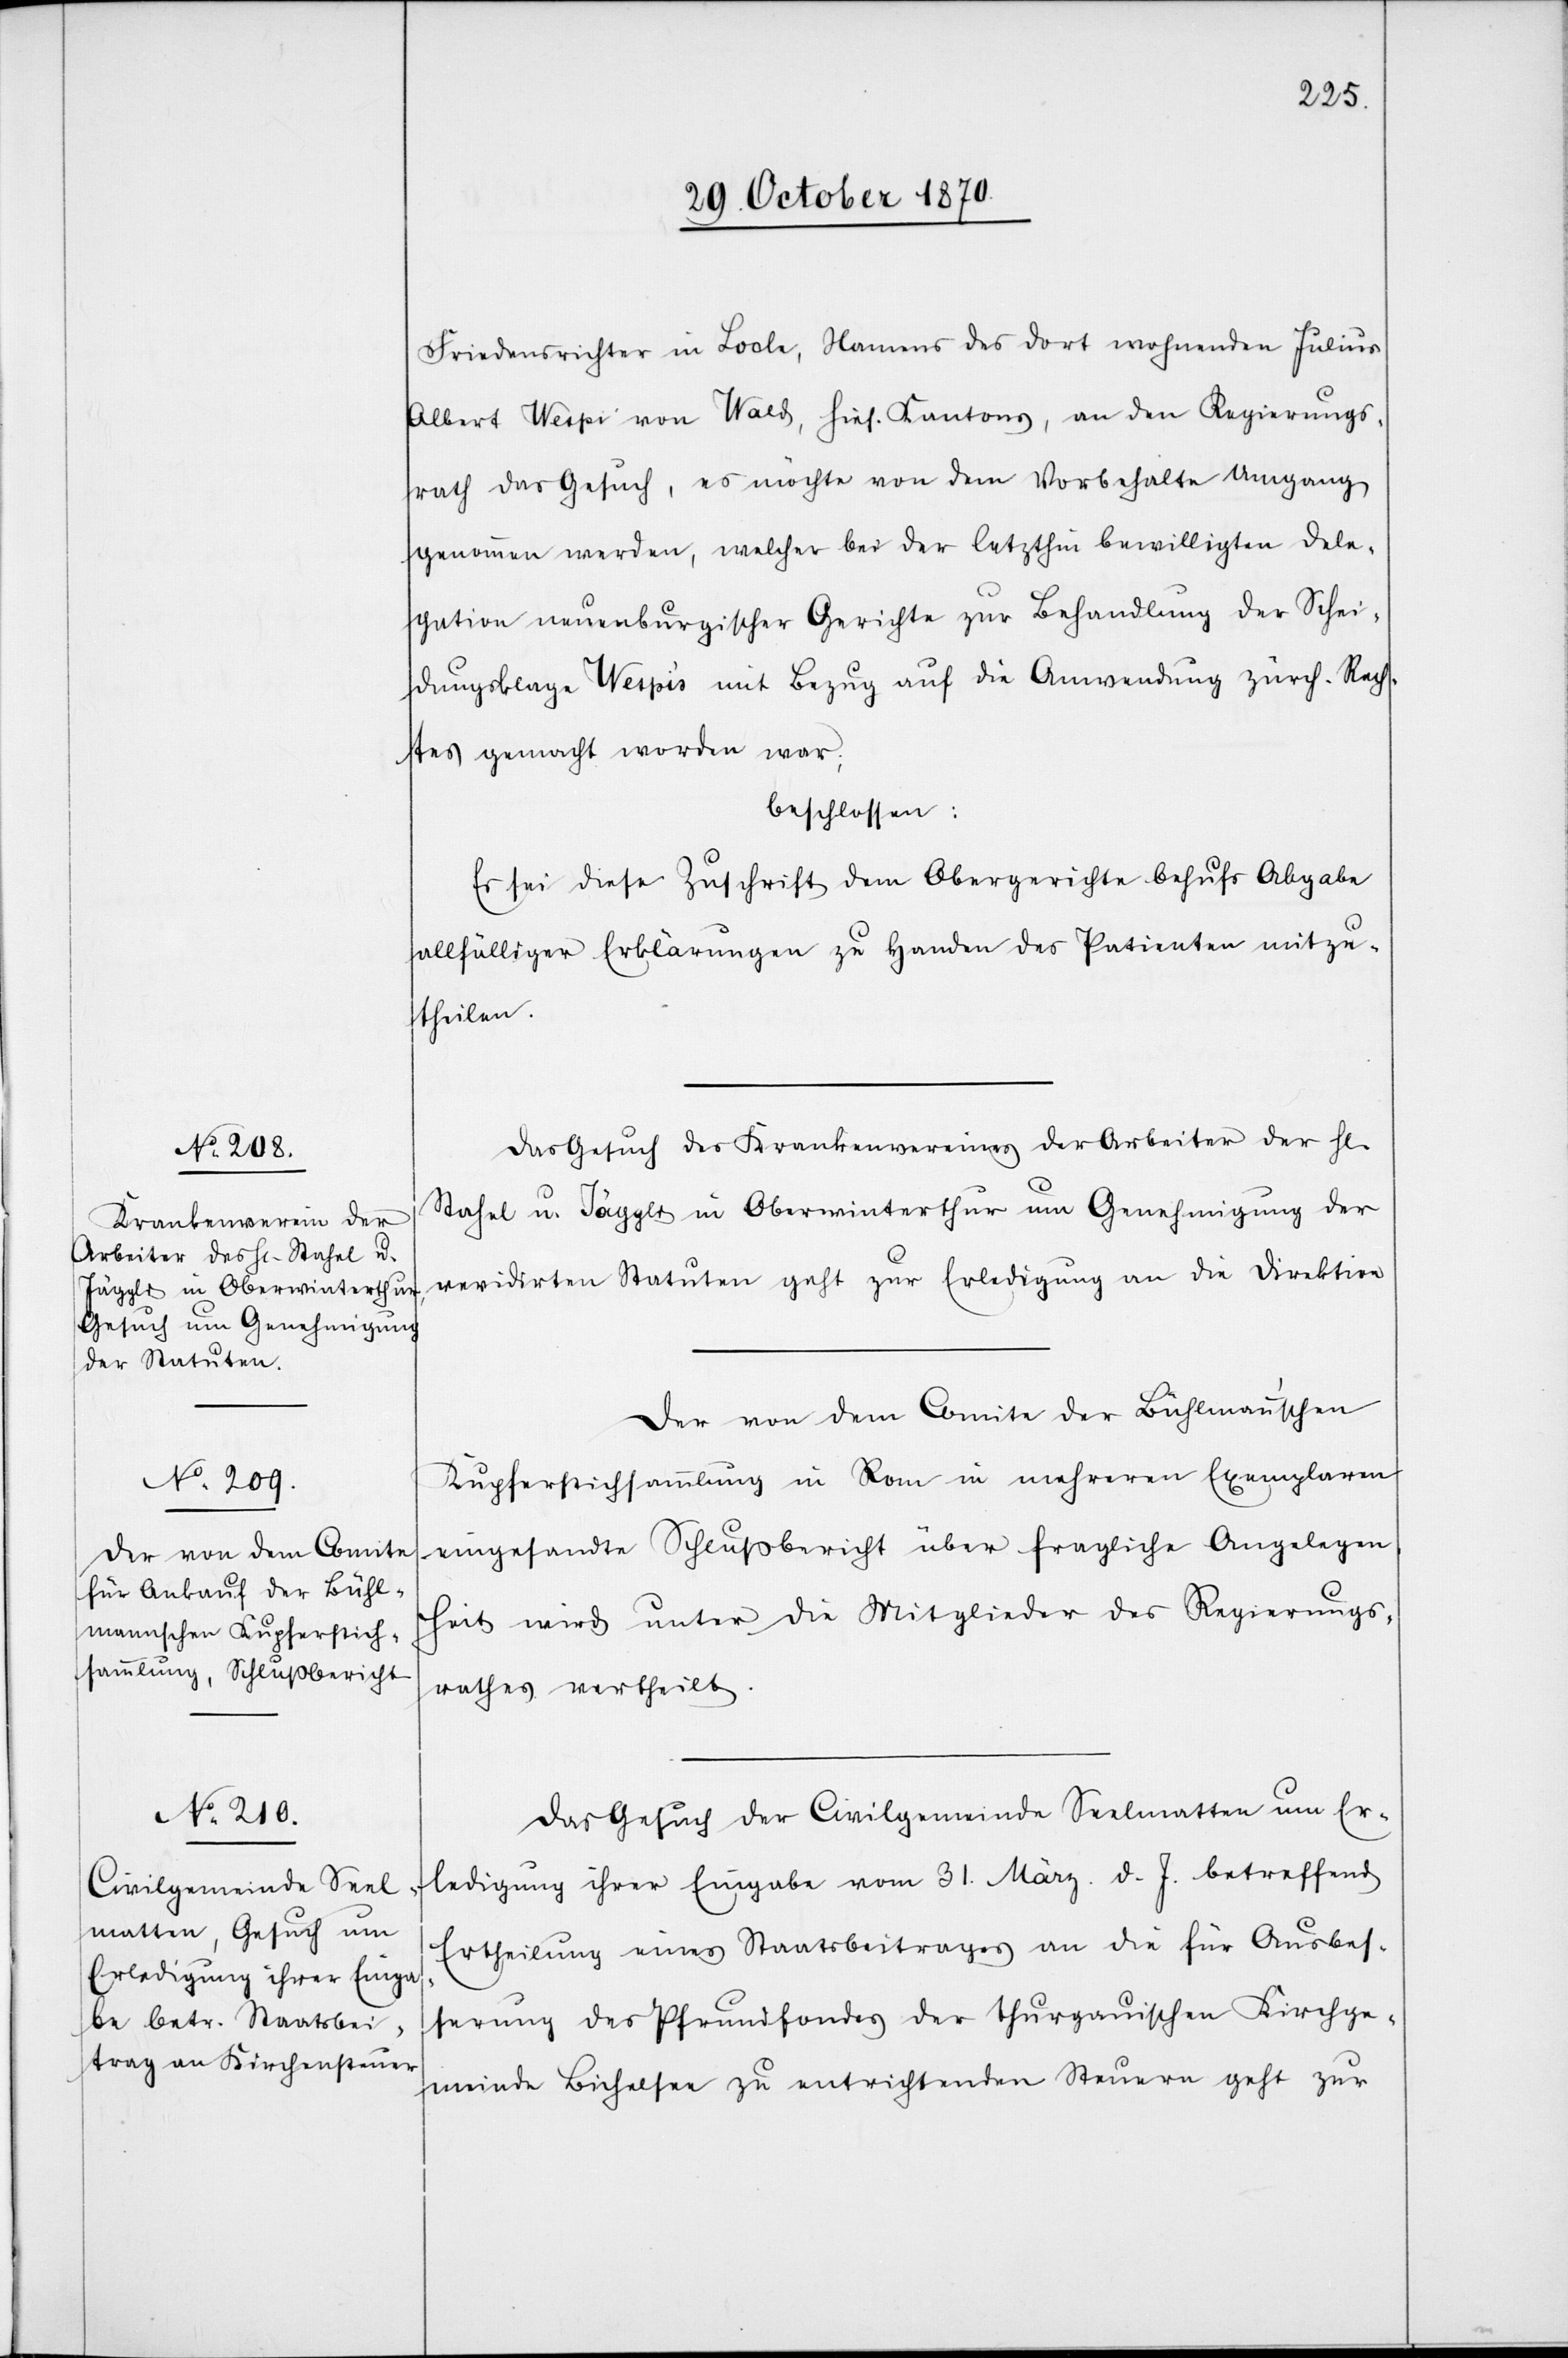
v. 3.
Friedensrichter in Locle, Namens des dort wohnenden Julius
Albert Wespi von Wald, hies. Kantons, an den Regierungs¬
rath das Gesuch, es möchte von dem Vorbehalte Umgang
genommen werden, welcher bei der letzthin bewilligten Dele¬
gation neuenburgischer Gerichte zur Behandlung der Schei¬
dungsklage Wespi’s mit Bezug auf die Anwendung zürch. Rec¬
htes gemacht worden war;
beschlossen:
Es sei diese Zuschrift dem Obergerichte behufs Abgabe
allfälliger Erklärungen zu Handen des Patienten [recte:
Das Gesuch des Krankenvereins der Arbeiter der H[erren]
Stahel u. Jäggli in Oberwinterthur um Genehmigung der
revidirten Statuten geht zur Erledigung an die Direktion.
Der von dem Comite der Bühlmann’schen
Kupferstichsammlung in Rom in mehreren Exemplaren
eingesandte Schlußbericht über fragliche Angelegen¬
heit wird unter die Mitglieder des Regierungs¬
rathes vertheilt.
Das Gesuch der Civilgemeinde Seelmatten um Er¬
ledigung ihrer Eingabe vom 31. März d. J. betreffend
Ertheilung eines Staatsbeitrages an die Ausbes¬
serung des Pfrundfondes der thurgauischen Kirchge¬
meinde Bichelsee zu entrichtenden Steuern geht zur